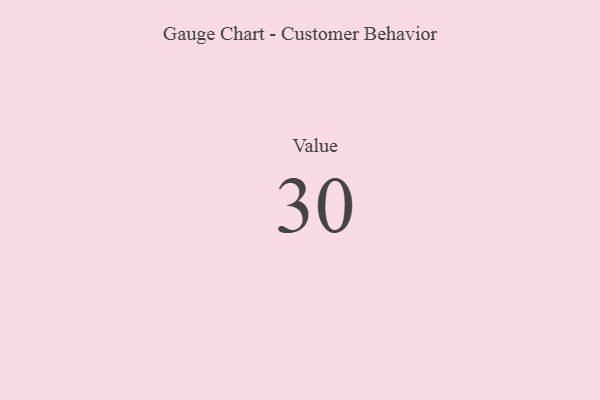
{"axis": {"x": "Metric", "y": "Value"}, "legend": [""], "data": [{"x": "Value", "y": 30, "type": ""}]}